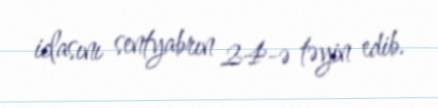
iclasını sentyabrın 24-ə təyin edib.